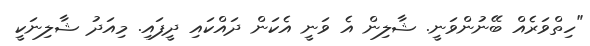
"ހިތްވަރެއް ބޭނުންވަނީ. ޝާލިން އެ ވަނީ އެކަން ދައްކައި ދީފައި. މިއަދު ޝާލިނަކީ